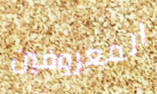
المعروفين